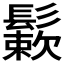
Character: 𩮶